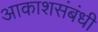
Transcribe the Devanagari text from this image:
आकाशसंबंधी